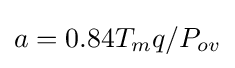
a=0.84T_{m}q/P_{ov}